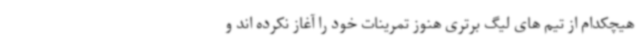
هیچکدام از تیم های لیگ برتری هنوز تمرینات خود را آغاز نکرده اند و